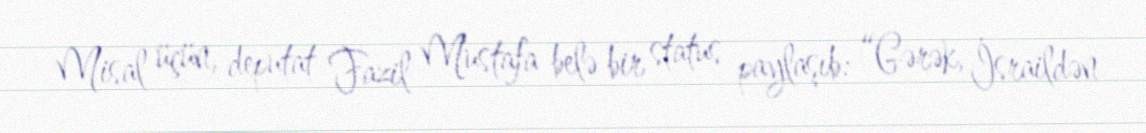
Misal üçün, deputat Fazil Mustafa belə bir status paylaşıb: “Gərək, İsraildən